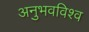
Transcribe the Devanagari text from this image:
अनुभवविश्‍व